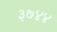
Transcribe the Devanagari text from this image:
३७४४